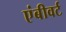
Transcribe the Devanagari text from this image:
एंबीवर्ट